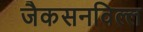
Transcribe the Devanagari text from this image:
जैकसनविल्ल